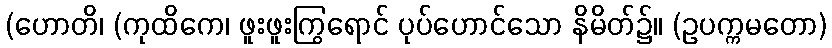
(ဟောတိ၊ (ကုထိကေ၊ ဖူးဖူးကြွရောင် ပုပ်ဟောင်သော နိမိတ်၌။ (ဥပက္ကမတော)